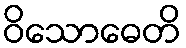
ဝိသောဓေတိ